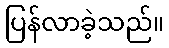
ပြန်လာခဲ့သည်။